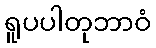
ရူပပါတုဘာဝံ